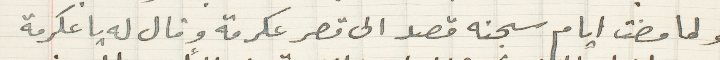
ولما مضت ايام سجنه قصد الى قصر عكرمة وقال له يا عكرمة